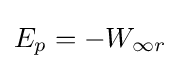
E_{p}=-W_{\infty r}\,\!